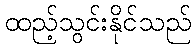
ထည့်သွင်းနိုင်သည်